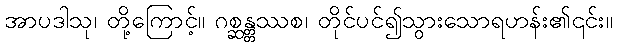
အာပဒါသု၊ တို့ကြောင့်။ ဂစ္ဆန္တ္တဿစ၊ တိုင်ပင်၍သွားသောရဟန်း၏၎င်း။